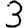
Digit: 3